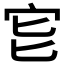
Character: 𡧏